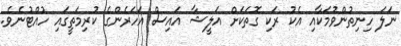
ނަލަ ހިނިތުންވުމަކާއި އެކު ރަކި ގޮތަކަށް އަލީޝާ އައިސް އަހަރެންގެ ކުރިމަތީގައި ހުއްޓުނެވެ.